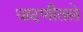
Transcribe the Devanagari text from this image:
धाटणीतले